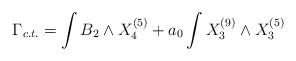
LaTeX: \begin{align*}\Gamma_{c.t.}=\int B_2\wedge X_4^{(5)}+a_0\int X_3^{(9)}\wedge X_3^{(5)}\end{align*}